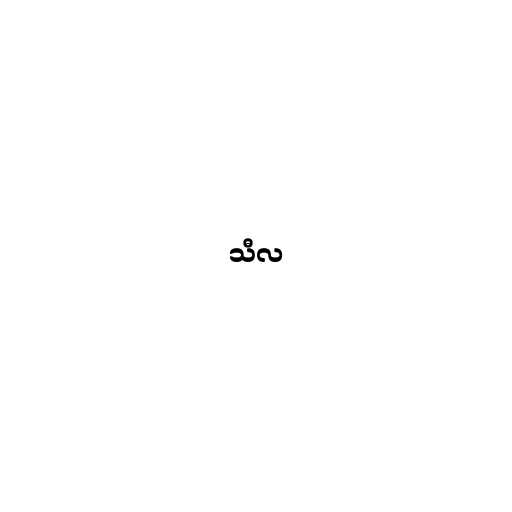
သီလ